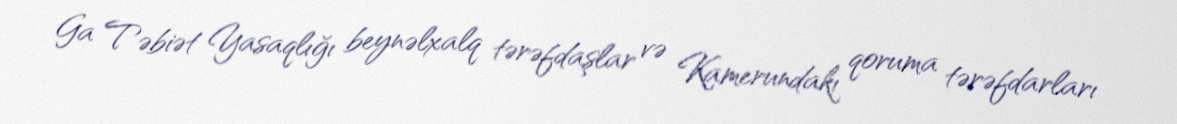
Ga Təbiət Yasaqlığı beynəlxalq tərəfdaşlar və Kamerundakı qoruma tərəfdarları